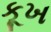
કૂખ